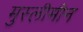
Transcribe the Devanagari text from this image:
मुस्लीमीन